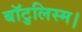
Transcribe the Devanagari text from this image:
बॉटुलिस्म।